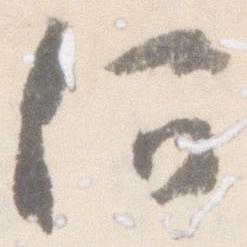
何